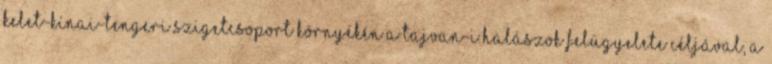
kelet-kínai-tengeri szigetcsoport környékén a tajvan-i halászok felügyelete céljával, a